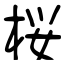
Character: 桜